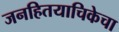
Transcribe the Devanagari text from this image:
जनहितयाचिकेचा